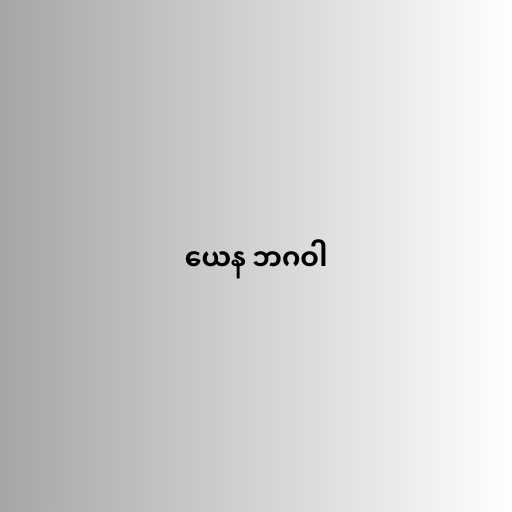
ယေန ဘဂဝါ